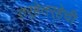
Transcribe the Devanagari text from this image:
तर्‍हेतर्‍हेची